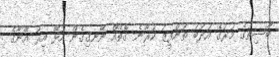
ބާސިތުގެ މަރުގެ އަދަބު ތަންފީޒު ކުރާނެ ގޮތެއް ނޭނގިގެން އުޅޭ އިރު އޭނާގެ